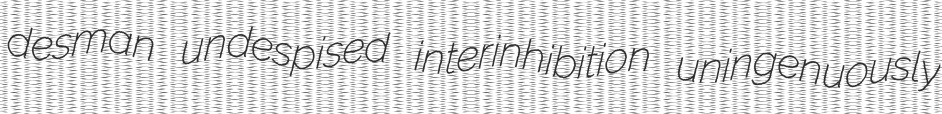
desman undespised interinhibition uningenuously